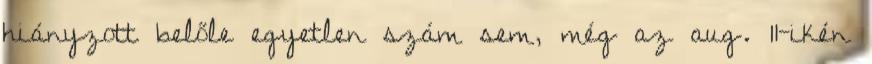
hiányzott belőle egyetlen szám sem, még az aug. 11-ikén